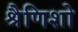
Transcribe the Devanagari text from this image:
श्रैणिशो